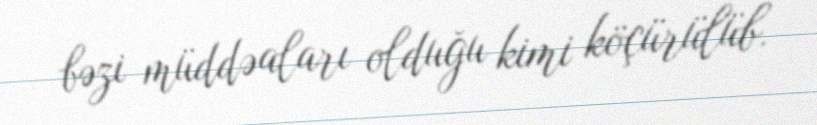
bəzi müddəaları olduğu kimi köçürülüb.